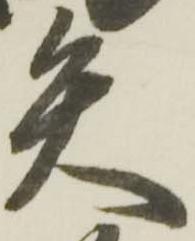
矢